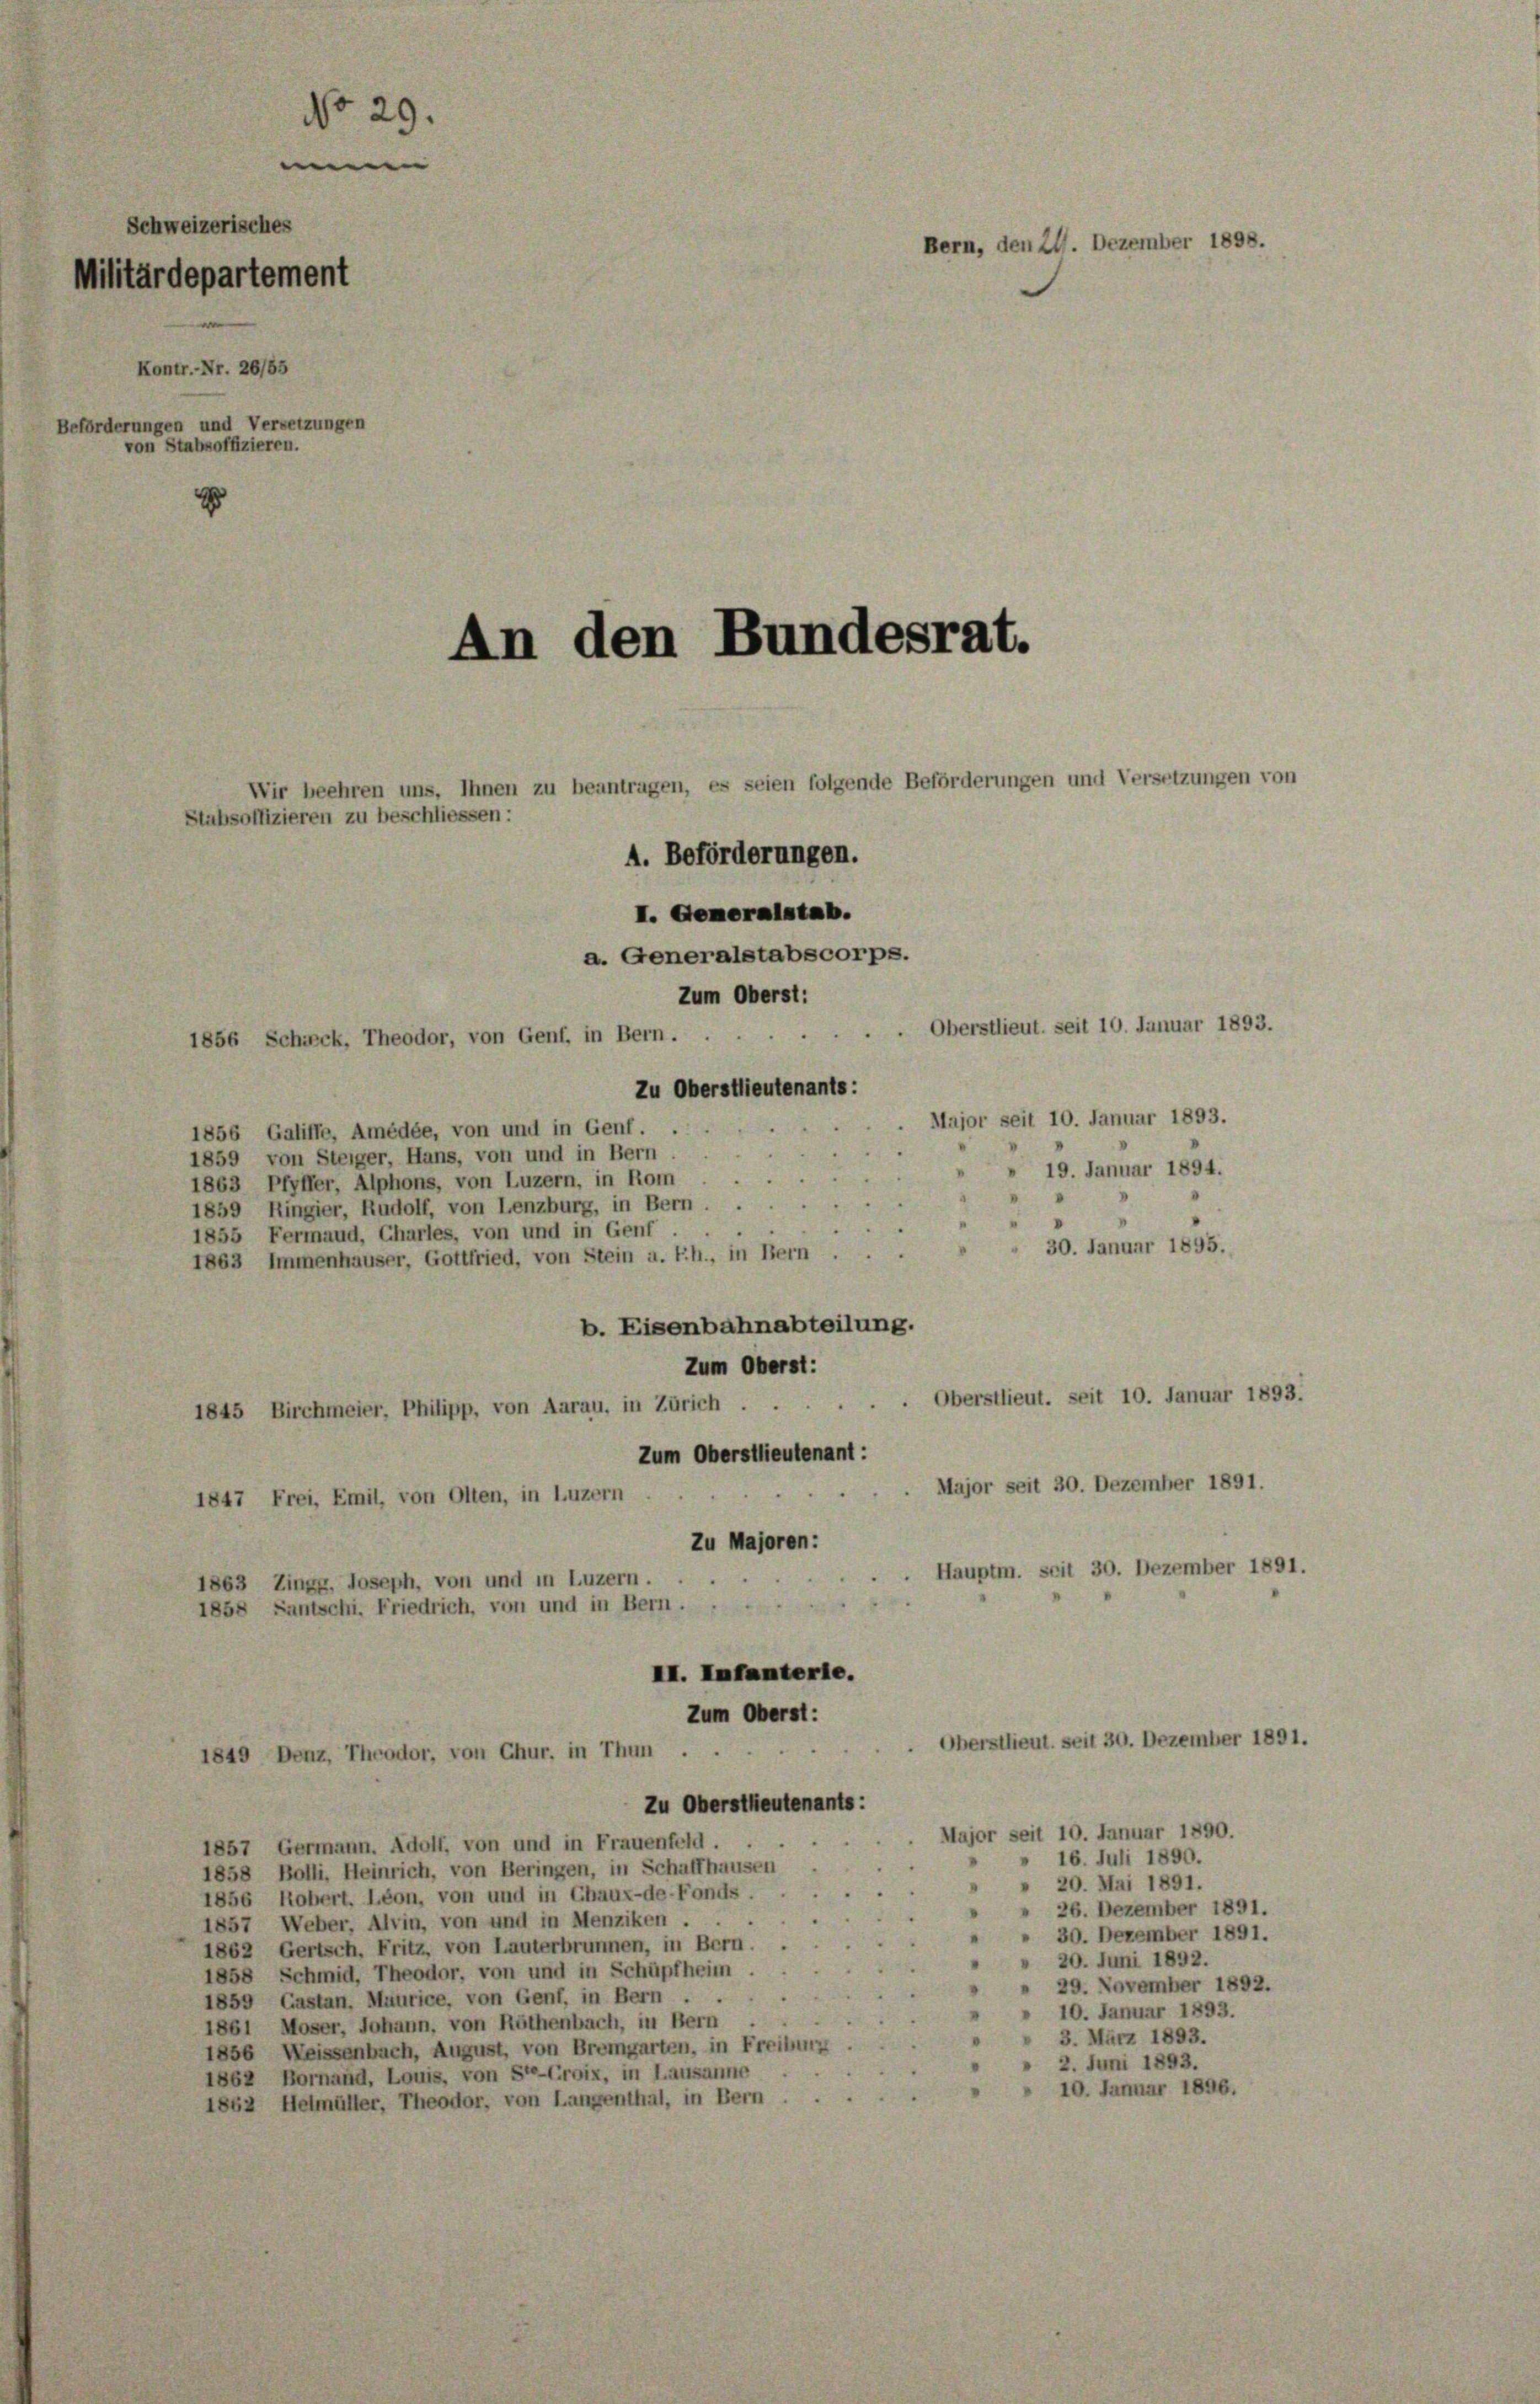
No 29.
e
Schweizerisches
Bern, den 24. Dezember 1898.
Militärdepartement
Kontr.- Nr. 26/55
Beförderungen und Versetzungen
von Stabsoffizieren.
x

Zum Oberst:
1856 Schack, Theodor, von Genf, in Bern.
Zu Oberstlieutenants:

An den Bundesrat.
Wir beehren uns, Ihnen zu beantragen, es seien folgende Beförderungen und Versetzungen v
Stabsoffizieren zu beschliessen:
4. Beförderungen.
I. Generalstab.
a. Generalstabscorps.

. Oberstlieut. seit 10. Januar 1893.
Major seit 10. Januar 1893.
1856 Galiffe, Amédée, von und in Genf.
1859 von Steiger, Hans, von und in Bern.
 19. Januar 1894.
1863 Pfyffer, Alphons, von Luzern, in Rom
1859 Ringier, Rudolf, von Lenzburg, in Bern
1855 Fermaud, Chartes, von und in Genf
30. Januar 1895.
1863 Immenhäuser, Gottfried, von Stein a. Rh., in Bern
b. Eisenbahnabteilung.
Zum Oberst:
Oberstlieut. seit 10. Januar 1893.
1845 Birchmeier, Philipp, von Aarau, in Zürich ..
Zum Oberstlieutenant :
Major seit 30. Dezember 1891.
1847 Frei, Emil, von Olten, in Luzern
Zu Majoren:
Hauptm. seit 30. Dezember 1891.
1863 Zingg, Joseph, von und in Luzern.
1858 Santschi, Friedrich, von und in Bern.
II. Infanterie.
Zum Oberst:
Oberstlieut. seit 30. Dezember 1891.
1849 Denz, Theodor, von Chur. in Thun
Zu Oberstleutenants:
Major seit 10. Januar 1890.
1857 Germann. Adolf, von und in Frauenfeld.
16. Juli 1890.
1858 Bolli, Heinrich, von Beringen, in Schaffhausen
20. Mai 1891.
1856 Robert. Leon, von und in Chaux-de-Fonds
 26. Dezember 1891.
1857 Weber, Alvin, von und in Menziken . .
" 30. Dezember 1891.
1862 Gertsch. Fritz, von Lauterbrunnen, in Bern.
" 20. Juni 1892.
1858 Schmid, Theodor, von und in Schüpfheim
" 29. November 1892.
1859 Castan, Maurice, von Genf, in Bern . .
" 10. Januar 1893.
1861 Moser, Johann, von Röthenbach, in Bern
 3. März 1893.
1856 Weissenbach, August, von Bremgarten, in Freiburg
» 2. Juni 1893.
1862 Bornaud, Louis, von Ste-Croix, in Lausanne
10. Januar 1896.
1862 Heimüller, Theodor, von Langenthal, in Bern